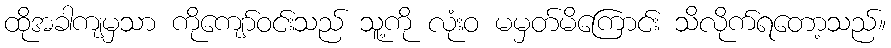
ထိုအခါကျမှသာ ကိုကျော်ဝင်းသည် သူ့ကို လုံးဝ မမှတ်မိကြောင်း သိလိုက်ရတော့သည်။